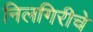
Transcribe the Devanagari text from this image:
निलगिरीचे